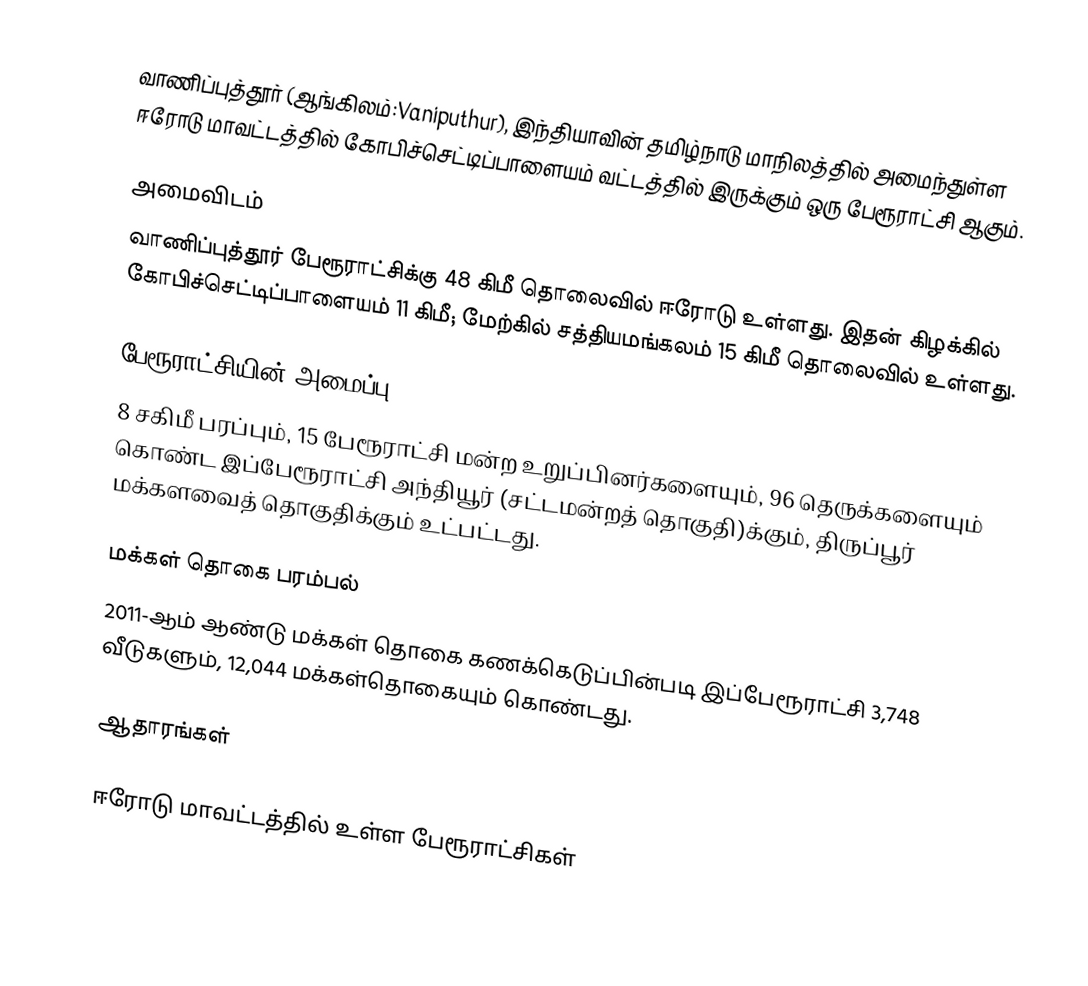
வாணிப்புத்தூர் (ஆங்கிலம்:Vaniputhur), இந்தியாவின் தமிழ்நாடு மாநிலத்தில் அமைந்துள்ள ஈரோடு மாவட்டத்தில் கோபிச்செட்டிப்பாளையம் வட்டத்தில் இருக்கும் ஒரு பேரூராட்சி ஆகும்.

அமைவிடம்
வாணிப்புத்தூர் பேரூராட்சிக்கு 48  கிமீ  தொலைவில் ஈரோடு உள்ளது.  இதன் கிழக்கில் கோபிச்செட்டிப்பாளையம்  11 கிமீ;  மேற்கில் சத்தியமங்கலம் 15 கிமீ தொலைவில் உள்ளது.

பேரூராட்சியின் அமைப்பு
8 சகிமீ பரப்பும்,  15 பேரூராட்சி மன்ற உறுப்பினர்களையும்,    96 தெருக்களையும் கொண்ட இப்பேரூராட்சி அந்தியூர்   (சட்டமன்றத் தொகுதி)க்கும், திருப்பூர் மக்களவைத் தொகுதிக்கும் உட்பட்டது.

மக்கள் தொகை பரம்பல்
2011-ஆம் ஆண்டு மக்கள் தொகை கணக்கெடுப்பின்படி  இப்பேரூராட்சி  3,748  வீடுகளும், 12,044 மக்கள்தொகையும் கொண்டது.

ஆதாரங்கள்

ஈரோடு மாவட்டத்தில் உள்ள பேரூராட்சிகள்